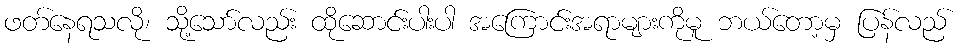
ဖတ်နေရသလို၊ သို့သော်လည်း ထိုဆောင်းပါးပါ အကြောင်းအရာများကိုမူ ဘယ်တော့မှ ပြန်လည်